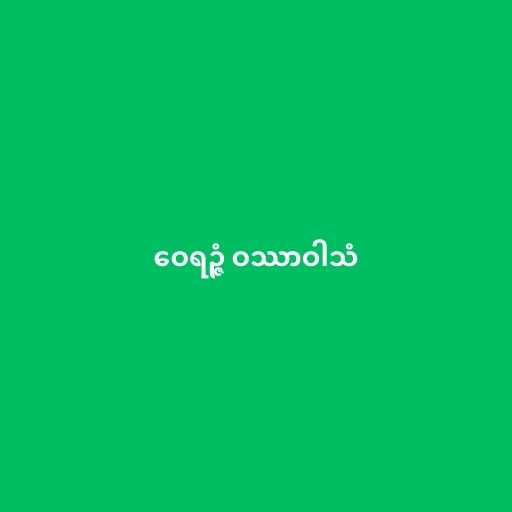
ဝေရဉ္ဇံ ဝဿာဝါသံ